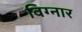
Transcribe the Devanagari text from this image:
विग्नार